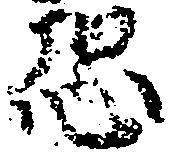
恐